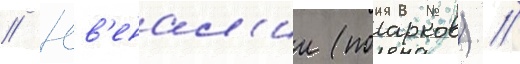
// Юв'енал'ии (поарков) //